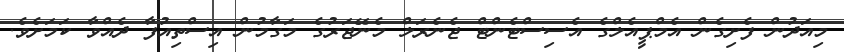
މިއަދުން ފެށިގެން އެމްޕީއެލްގެ އެސިސްޓެންޓް ޖެނެރަލް މެނޭޖަރުގެ މަގާމުން އިސްތިއުފާ ދެއްވާ ކަމަށެވެ.